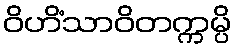
ဝိဟိံသာဝိတက္ကမ္ပိ